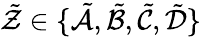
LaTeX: \tilde{\mathcal{Z}}\in\{ \tilde{\mathcal{A}},\tilde{\mathcal{B}},\tilde{\mathcal{C}},\tilde{\mathcal{D}}\}